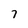
Character: 7